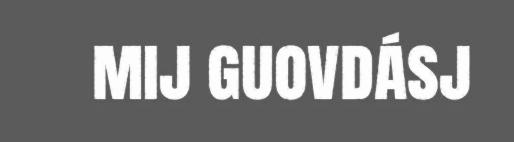
mij guovdásj